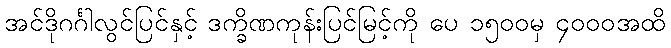
အင်ဒိုဂင်္ဂါလွင်ပြင်နှင့် ဒက္ခိဏကုန်းပြင်မြင့်ကို ပေ ၁၅၀၀မှ ၄၀၀၀အထိ